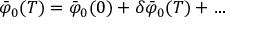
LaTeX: { \bar { \varphi } } _ { 0 } ( T ) = { \bar { \varphi } } _ { 0 } ( 0 ) + \delta { \bar { \varphi } } _ { 0 } ( T ) + \dots